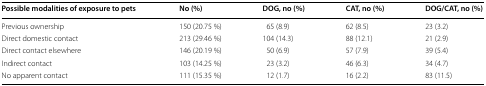
<table><thead><tr><td><b>Possible modalities of exposure to pets</b></td><td><b>No (%)</b></td><td><b>DOG, no (%)</b></td><td><b>CAT, no (%)</b></td><td><b>DOG/CAT, no (%)</b></td></tr></thead><tbody><tr><td>Previous ownership</td><td>150 (20.75 %)</td><td>65 (8.9)</td><td>62 (8.5)</td><td>23 (3.2)</td></tr><tr><td>Direct domestic contact</td><td>213 (29.46 %)</td><td>104 (14.3)</td><td>88 (12.1)</td><td>21 (2.9)</td></tr><tr><td>Direct contact elsewhere</td><td>146 (20.19 %)</td><td>50 (6.9)</td><td>57 (7.9)</td><td>39 (5.4)</td></tr><tr><td>Indirect contact</td><td>103 (14.25 %)</td><td>23 (3.2)</td><td>46 (6.3)</td><td>34 (4.7)</td></tr><tr><td>No apparent contact</td><td>111 (15.35 %)</td><td>12 (1.7)</td><td>16 (2.2)</td><td>83 (11.5)</td></tr></tbody></table>